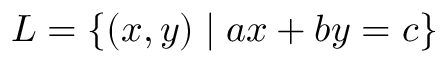
L = \{ ( x , y ) \mid a x + b y = c \}